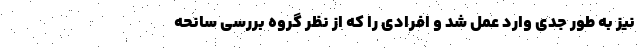
نیز به طور جدی وارد عمل شد و افرادی را که از نظر گروه بررسی سانحه